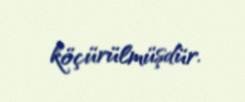
köçürülmüşdür.